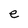
Character: e